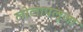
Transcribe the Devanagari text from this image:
लोलापलूजा